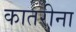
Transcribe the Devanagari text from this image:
कातरीना